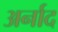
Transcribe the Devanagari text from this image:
अर्नाद